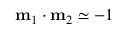
\mathbf { m } _ { 1 } \cdot \mathbf { m } _ { 2 } \simeq - 1